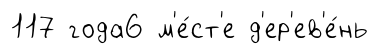
117 года6 м'е́ст'е д'ер'ев'е́нь